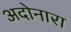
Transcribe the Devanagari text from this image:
अदोनारा